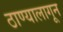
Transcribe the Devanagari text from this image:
ठाण्यालागून